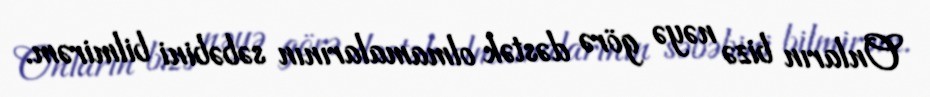
Onların bizə nəyə görə dəstək olmamalarının səbəbini bilmirəm.